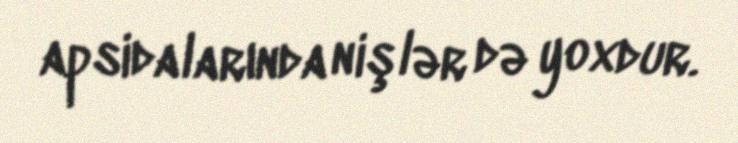
apsidalarında nişlər də yoxdur.